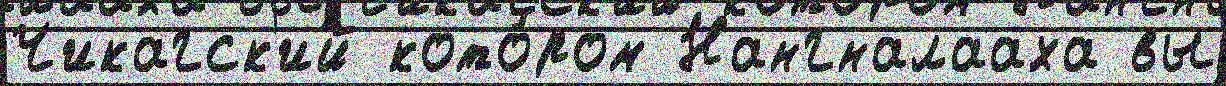
Чикагск'ий кото́ром Нангналааха вы